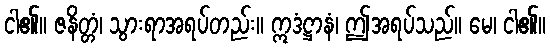
ငါ၏။ ဇနိတ္တံ၊ သွားရာအရပ်တည်း။ ဣဒံဋ္ဌာနံ၊ ဤအရပ်သည်။ မေ၊ ငါ၏။